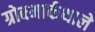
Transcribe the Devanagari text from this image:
ग्रोबमार्कथाले